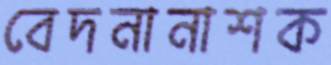
বেদনানাশক